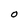
Character: O